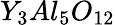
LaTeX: Y_{3}Al_{5}O_{12}